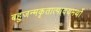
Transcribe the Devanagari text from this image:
बहुजन्मकृतात्पादयमर्थो